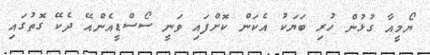
ޔޯމީއާ ގުޅުން ހުރި ބަޔަކު އެކަން ކޮށްފައި ވަނީ ސޯސްޑީއެންއޭ ދެކޭ ގޮތުގައި